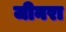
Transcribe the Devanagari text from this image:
जीनरा